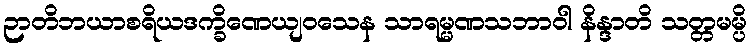
ဉာတိဘယာစရိယဒက္ခိဏေယျဝသေန သာရမ္မဏသဘာဝါ နိန္ဒာတိ သတ္တမမ္ပိ